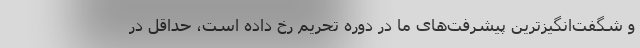
و شگفت‌انگیزترین پیشرفت‌های ما در دوره تحریم رخ داده است، حداقل در